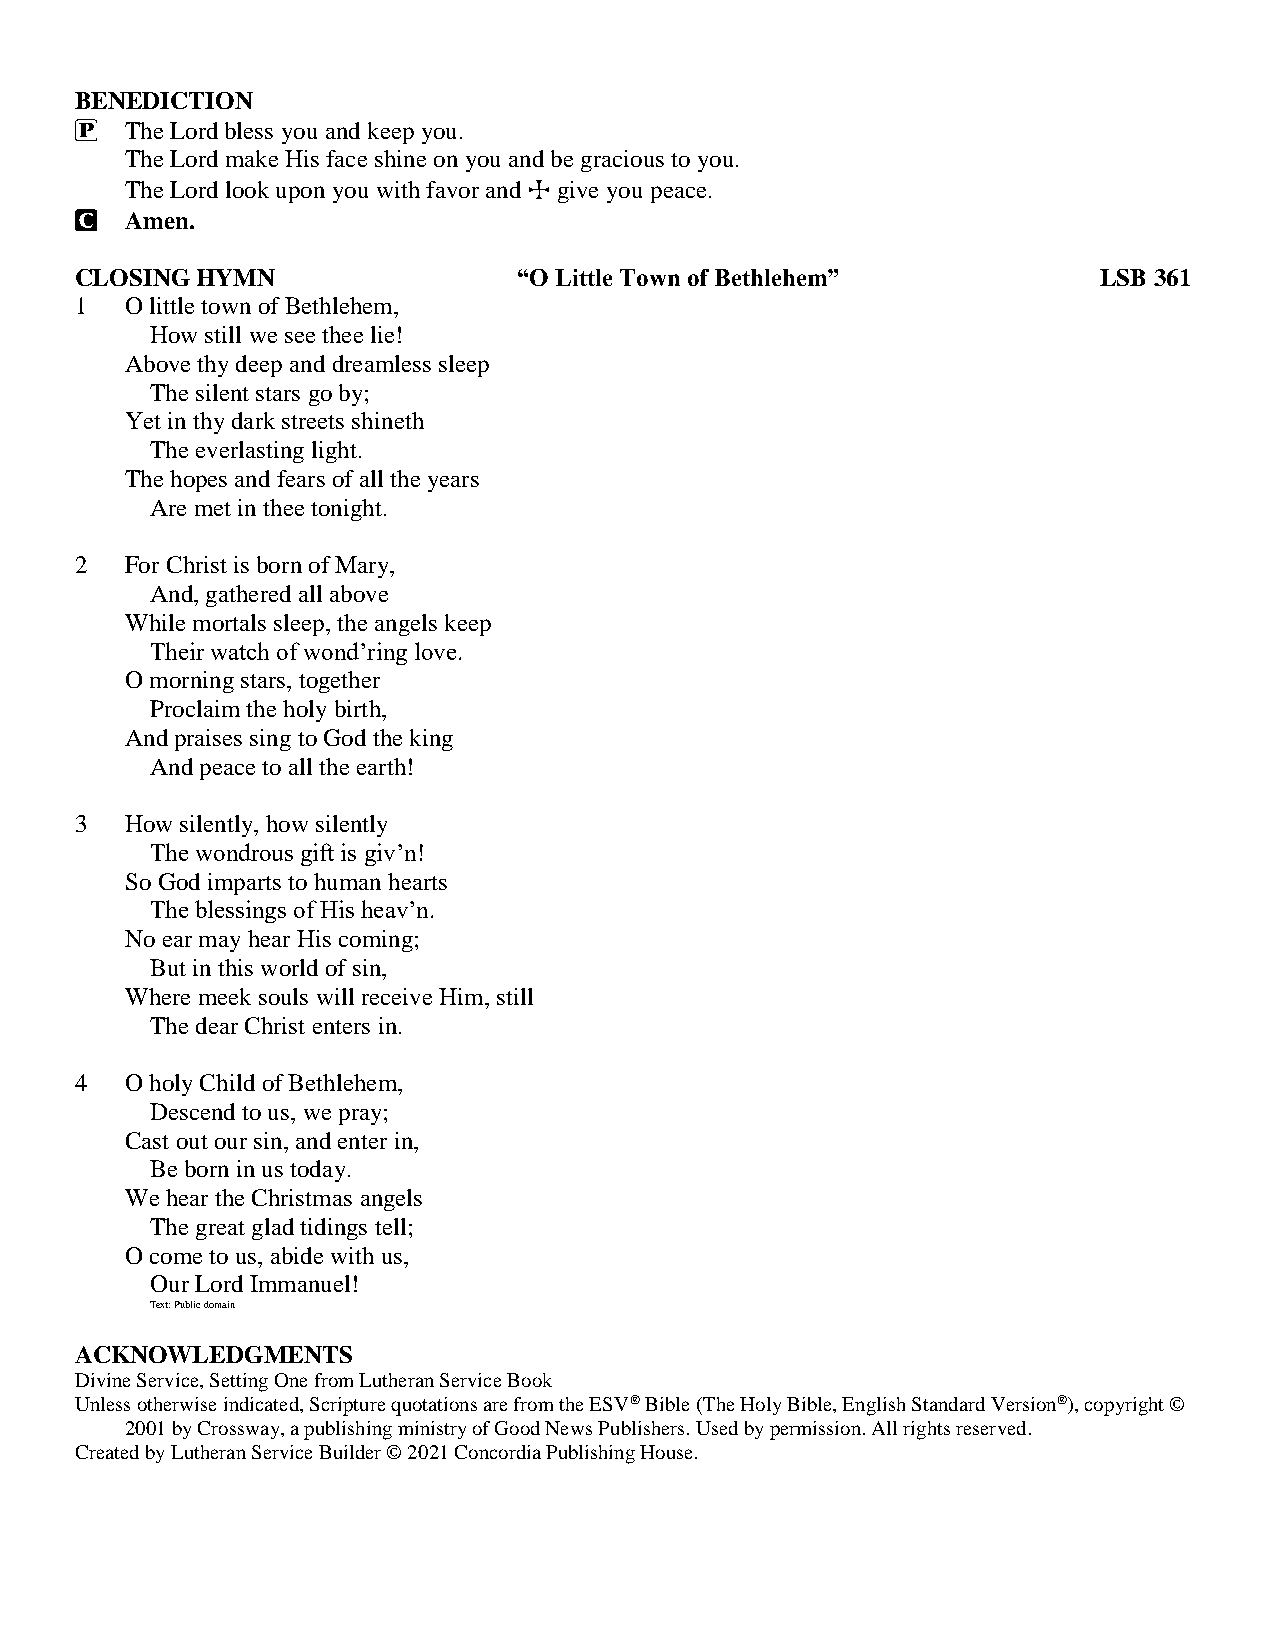
BENEDICTION
 P  The Lord bless you and keep you.
 The Lord make His face shine on you and be gracious to you.
 The Lord look upon you with favor and T give you peace.
 C  Amen.
 CLOSING HYMN                 “O Little Town of Bethlehem”           LSB 361
 1  O little town of Bethlehem,
 How still we see thee lie!
 Above thy deep and dreamless sleep
 The silent stars go by;
 Yet in thy dark streets shineth
 The everlasting light.
 The hopes and fears of all the years
 Are met in thee tonight.
 2  For Christ is born of Mary,
 And, gathered all above
 While mortals sleep, the angels keep
 Their watch of wond’ring love.
 O morning stars, together
 Proclaim the holy birth,
 And praises sing to God the king
 And peace to all the earth!
 3  How silently, how silently
 The wondrous gift is giv’n!
 So God imparts to human hearts
 The blessings of His heav’n.
 No ear may hear His coming;
 But in this world of sin,
 Where meek souls will receive Him, still
 The dear Christ enters in.
 4  O holy Child of Bethlehem,
 Descend to us, we pray;
 Cast out our sin, and enter in,
 Be born in us today.
 We hear the Christmas angels
 The great glad tidings tell;
 O come to us, abide with us,
 Our Lord Immanuel!
 Text: Public domain
 ACKNOWLEDGMENTS
 Divine Service, Setting One from Lutheran Service Book
 Unless otherwise indicated, Scripture quotations are from the ESV® Bible (The Holy Bible, English Standard Version®), copyright ©
 2001 by Crossway, a publishing ministry of Good News Publishers. Used by permission. All rights reserved.
 Created by Lutheran Service Builder © 2021 Concordia Publishing House.